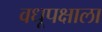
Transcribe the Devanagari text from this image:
वधूपक्षाला